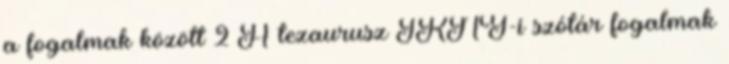
a fogalmak között 2 A tezaurusz IKNY-i szótár fogalmak